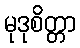
မုဒုစိတ္တာ